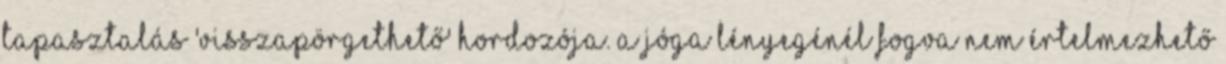
tapasztalás 'visszapörgethető' hordozója. A jóga lényegénél fogva nem értelmezhető